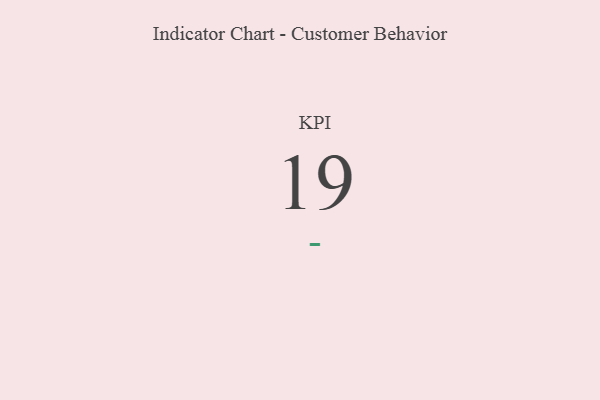
{"axis": {"x": "KPI", "y": "Value"}, "legend": [""], "data": [{"x": "KPI", "y": 19, "type": ""}]}